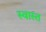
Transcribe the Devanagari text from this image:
स्वास्त